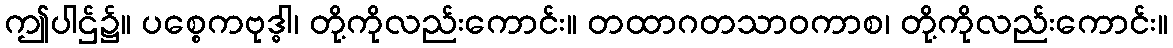
ဤပါဌ်၌။ ပစ္စေကဗုဒ္ဓါ၊ တို့ကိုလည်းကောင်း။ တထာဂတသာဝကာစ၊ တို့ကိုလည်းကောင်း။